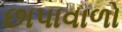
છાપાવાળો